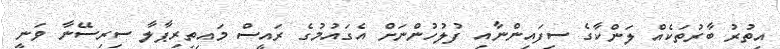
އިތުރު ބާރުތަކެއް ލަންކާގެ ސިފައިންނާއި ފުލުހުންނަށް އެގައުމުގެ ރައީސް މައިތިރިޕާލާ ސިރިސޭނާ ވަނީ